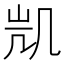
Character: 𭂲